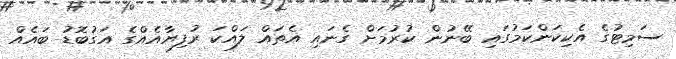
ސަމިޓުގެ އެކިކަންކަމުގައި ބޭނުން ކުރުމަށް ގެނައި އެތައް ލައްކަ ރުފިޔާއެއްގެ އަގުބޮޑު ބައެއް